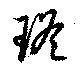
瑤